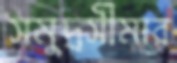
সমুদ্রসীমার